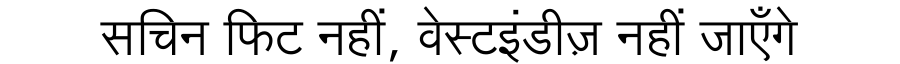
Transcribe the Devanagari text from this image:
सचिन फिट नहीं, वेस्टइंडीज़ नहीं जाएँगे